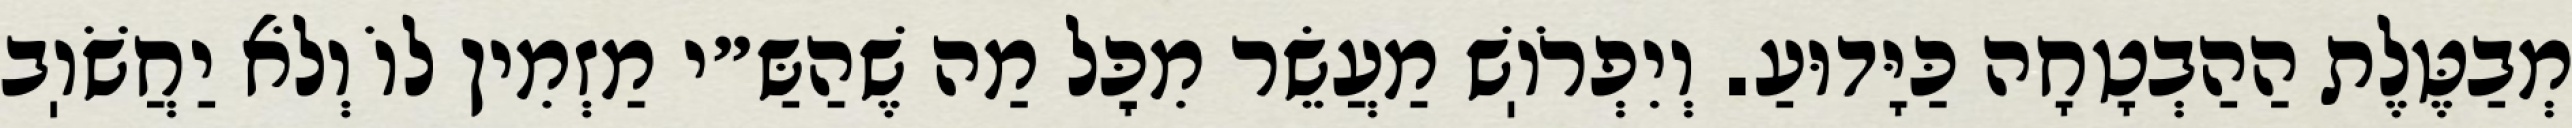
מְבַטֶּלֶת הַהַבְטָחָה כַּיָּדוּעַ. וְיִפְרֹוֽשׁ מַעֲשֵׂר מִכׇּל מַה שֶׁהַשַּ״י מַזְמִין לוֹ וְלֹא יַחֲשֹׁוֽב